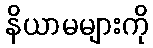
နိယာမများကို